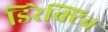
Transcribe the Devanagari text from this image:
डिरेक्टिव